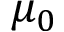
\mu _ { 0 }